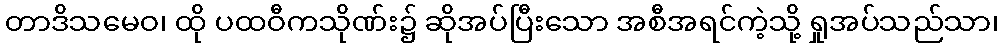
တာဒိသမေဝ၊ ထို ပထဝီကသိုဏ်း၌ ဆိုအပ်ပြီးသော အစီအရင်ကဲ့သို့ ရှုအပ်သည်သာ၊